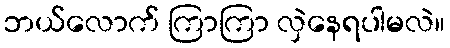
ဘယ်လောက် ကြာကြာ လှဲနေရပါမလဲ။